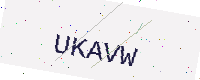
Text: UKAVW